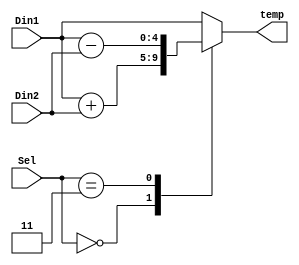
`define ADD 2'b00
`define SUB 2'b11


module ALU(Din1, Din2, Sel, temp);
input signed [4:0] Din1;
input signed [4:0] Din2;
input [1:0] Sel;
output reg signed [4:0] temp;

always@(*)
begin
    case (Sel)
        `ADD: temp = Din1 + Din2; // if Din1 and Din2 are both signed, the result will be signed
        `SUB: temp = Din1 - Din2;
    default: temp = Din1;
    endcase
end
endmodule